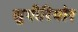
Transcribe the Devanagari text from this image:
सुपीरियोर